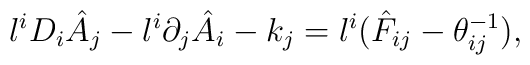
l^i D_i \hat{A}_j - l^i \partial_j \hat{A}_i - k_j= l^i ( \hat{F}_{ij} - \theta^{-1}_{ij} ),